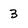
Character: 3